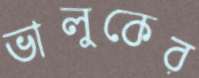
ভালুকের